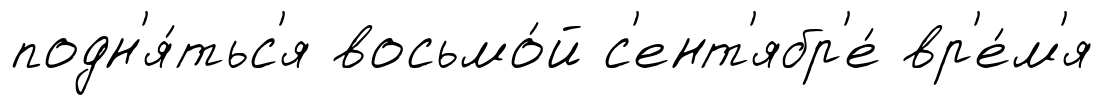
подн'я́тьс'я восьмо́й с'ент'ябр'е́ вр'е́м'я